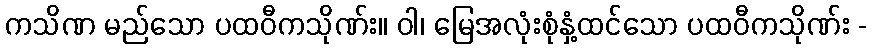
ကသိဏ မည်သော ပထဝီကသိုဏ်း။ ဝါ၊ မြေအလုံးစုံနှံ့ထင်သော ပထဝီကသိုဏ်း -